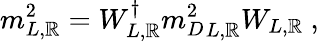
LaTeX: {m}_{L,\mathbb{R}}^{2}=W_{L,\mathbb{R}}^{\dagger}{{m}_{D}^{2}}_{L,\mathbb{R}}W_{L,\mathbb{R}}\ ,